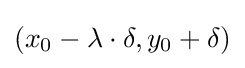
(x_{0}-\lambda \cdot \delta ,y_{0}+\delta )